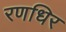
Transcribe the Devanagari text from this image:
रणधिर